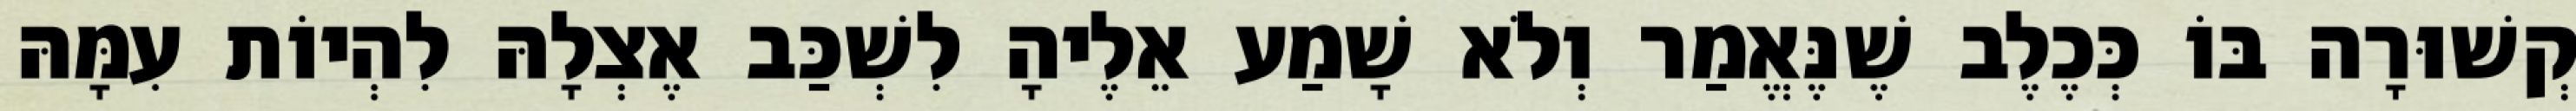
קְשׁוּרָה בּוֹ כְּכֶלֶב שֶׁנֶּאֱמַר וְלֹא שָׁמַע אֵלֶיהָ לִשְׁכַּב אֶצְלָהּ לִהְיוֹת עִמָּהּ